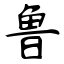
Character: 鲁